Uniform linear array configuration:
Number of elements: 64
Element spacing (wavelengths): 1
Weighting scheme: kaiser
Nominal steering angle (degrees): -15
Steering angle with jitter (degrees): -13.837
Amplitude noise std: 0.05
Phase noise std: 0.05

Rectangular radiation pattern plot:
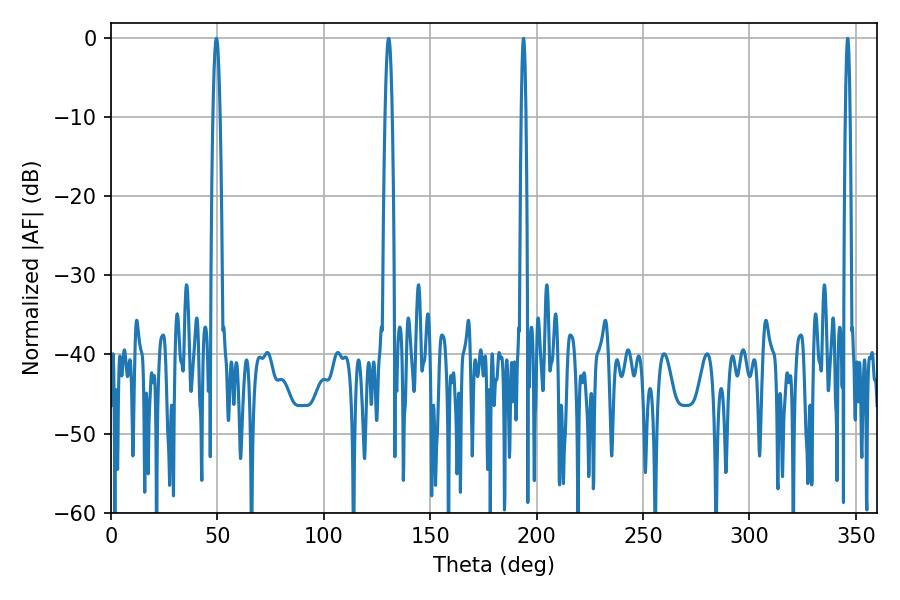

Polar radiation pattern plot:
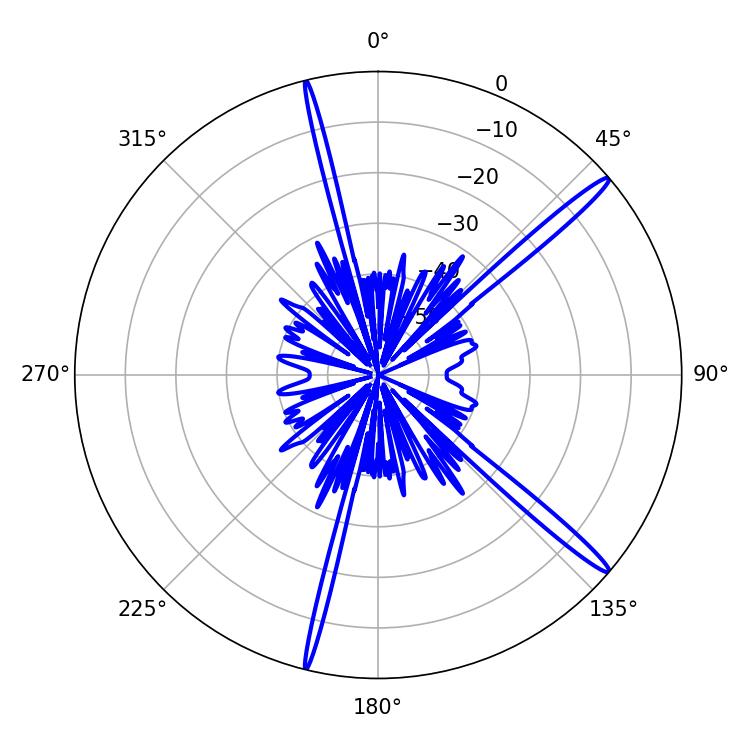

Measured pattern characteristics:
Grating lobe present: TRUE
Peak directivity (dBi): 16.673
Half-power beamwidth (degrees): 1.08
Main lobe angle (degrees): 193.86